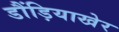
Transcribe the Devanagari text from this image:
डौंड़ियाखेर